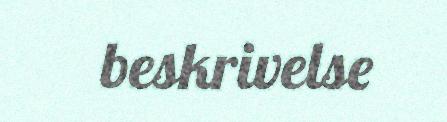
beskrivelse